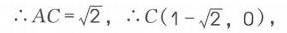
$\therefore AC = \sqrt{2},\ \therefore C(1 - \sqrt{2},0)$